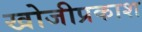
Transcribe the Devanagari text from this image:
खोजीप्रकाश